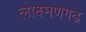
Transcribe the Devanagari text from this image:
लाक्ष्मणगढ